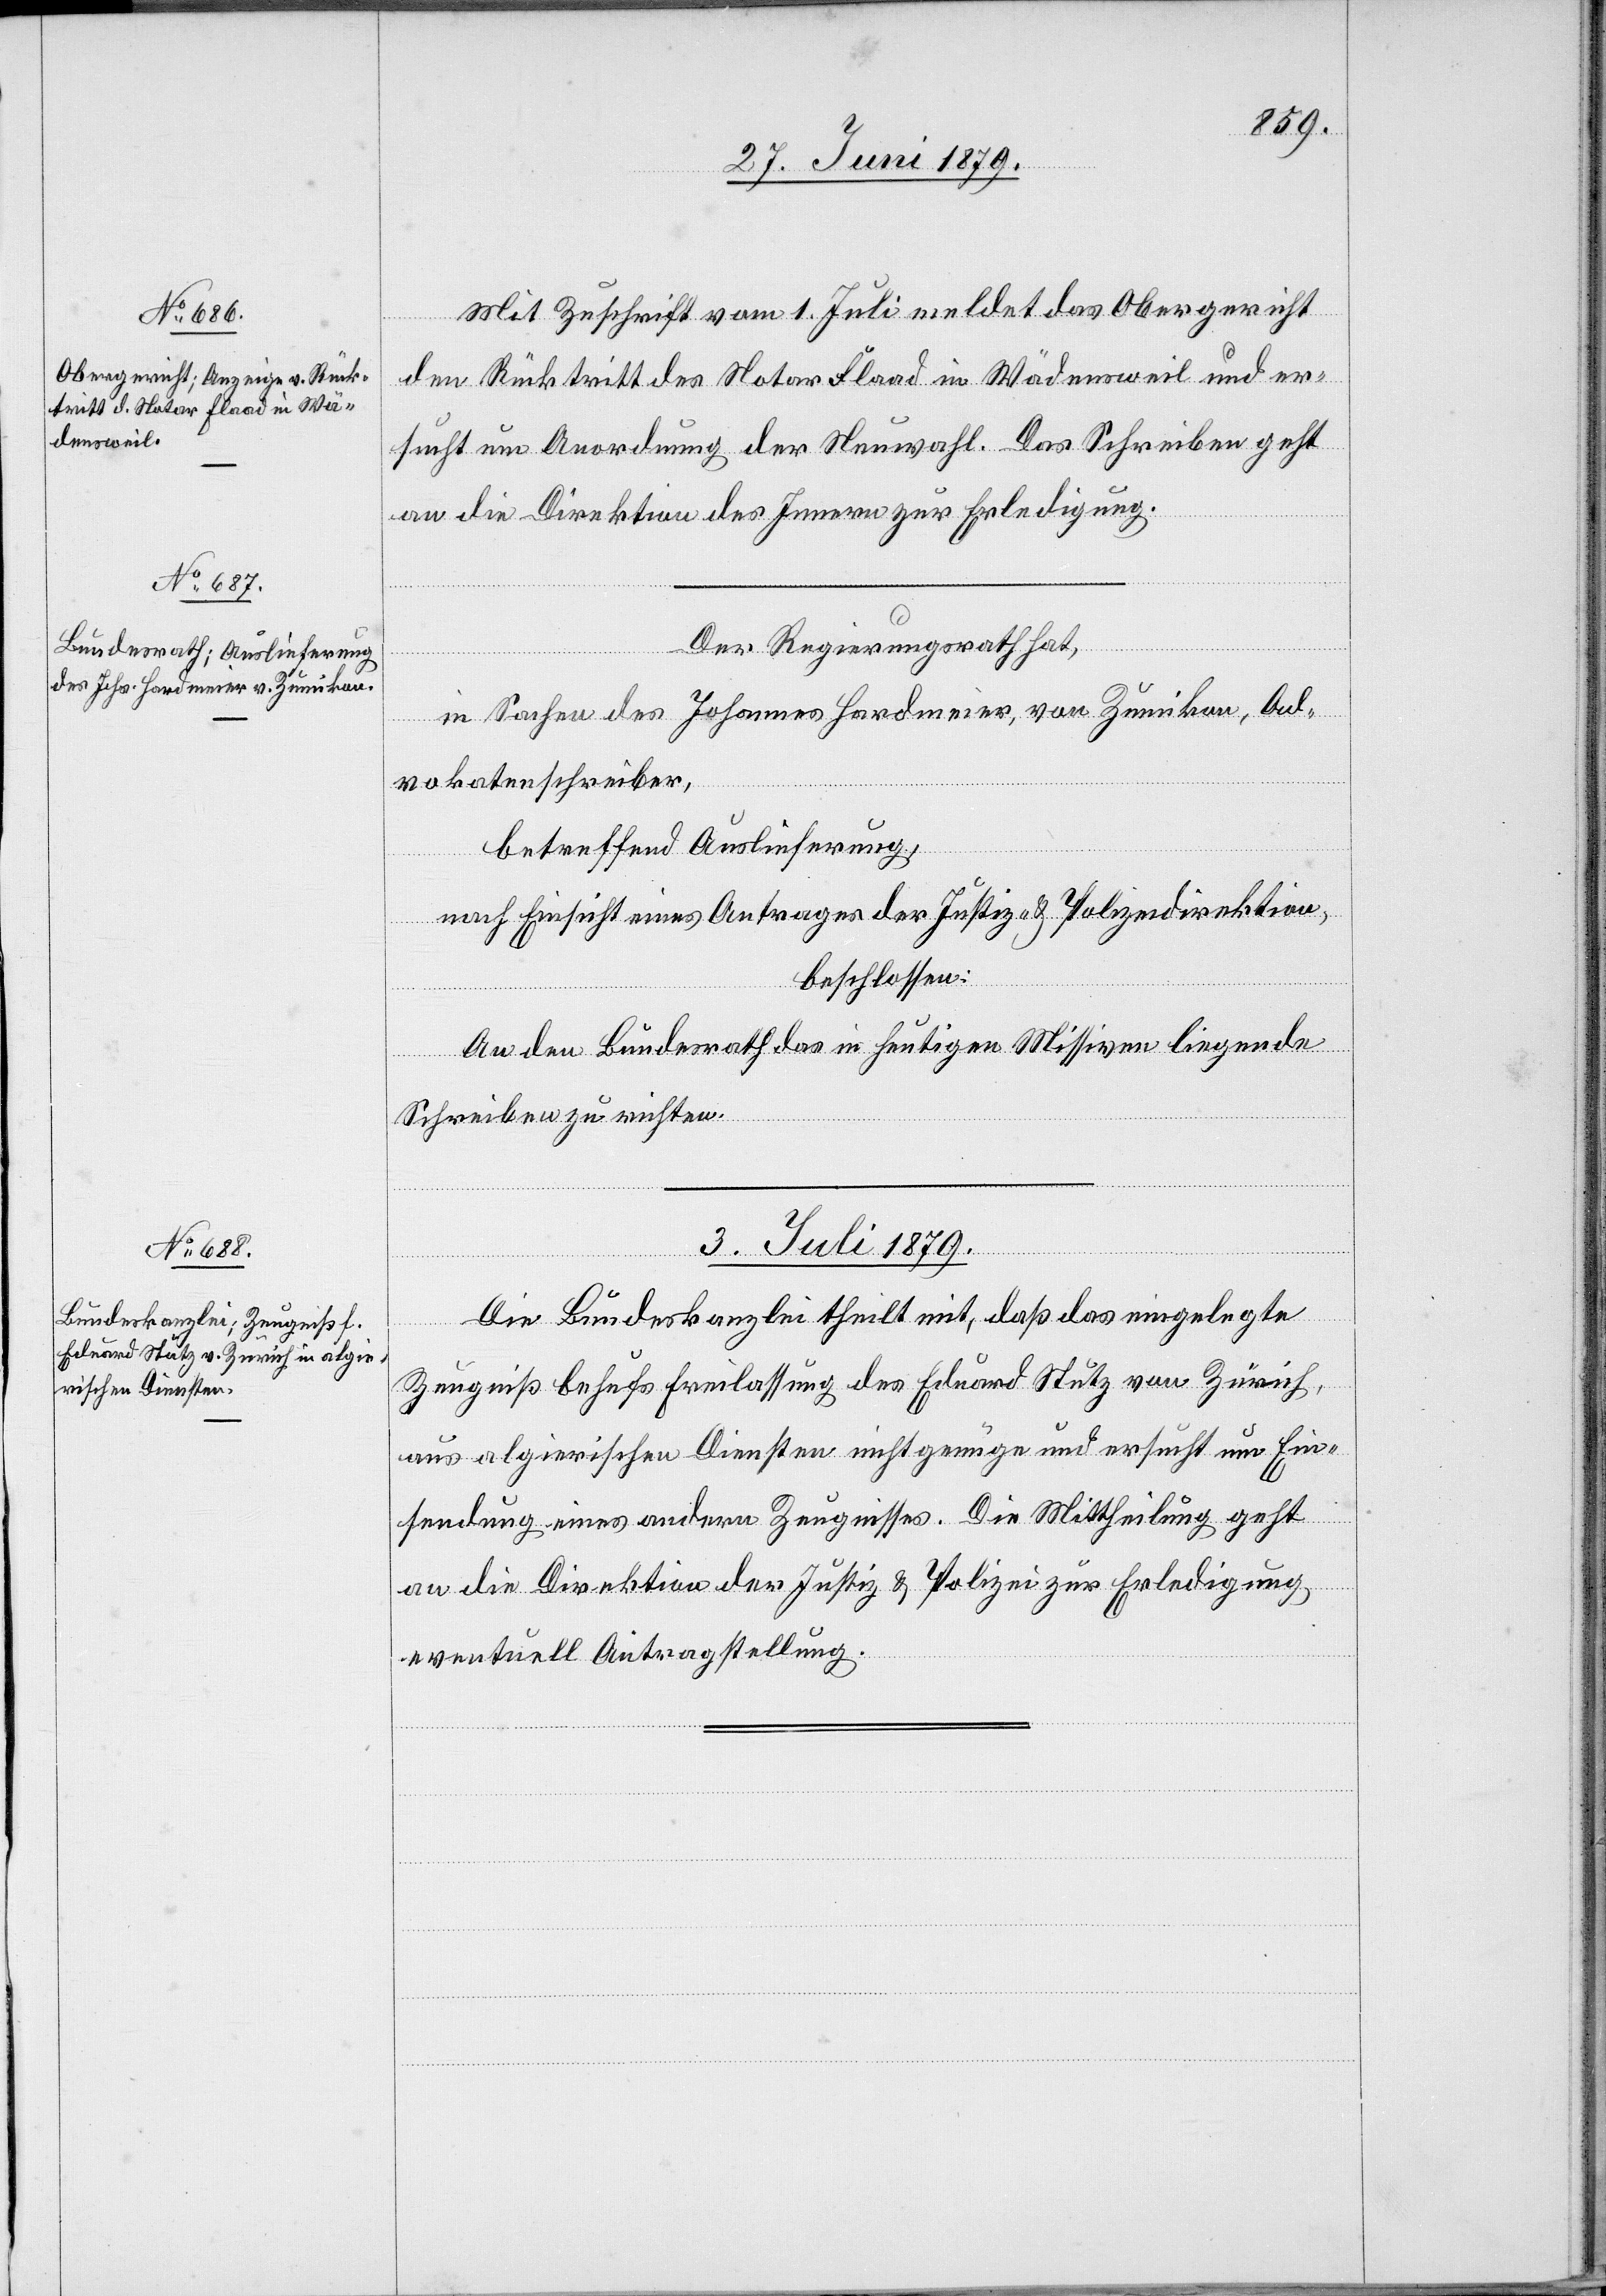
Mit Zuschrift vom 1. Juli meldet das Obergericht
den Rücktritt des Notar Flaad in Wädensweil und er¬
sucht um Anordnung der Neuwahl. Das Schreiben geht
an die Direktion des Innern zur Erledigung.
Der Regierungsrath hat,
in Sachen des Johannes Hardmeier, von Zumikon, Ad¬
vokatenschreiber,
betreffend Auslieferung,
nach Einsicht eines Antrages der Justiz- & Polizeidirektion,
beschlossen:
An den Bundesrath das in heutigen Missiven liegende
Schreiben zu richten.
3. Juli 1879.
Die Bundeskanzlei theilt mit, daß das eingelegte
Zeugniß behufs Freilassung des Eduard Stutz von Zürich,
aus algierischen Diensten nicht genüge und ersucht um Ein¬
sendung eines andern Zeugnisses. Die Mittheilung geht
an die Direktion der Justiz & Polizei zur Erledigung
eventuell Antragstellung.